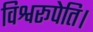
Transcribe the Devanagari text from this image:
विश्वरूपेति।